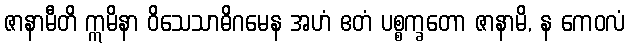
ဇာနာမီတိ ဣမိနာ ဝိသေသာဓိဂမေန အဟံ ဧတံ ပစ္စက္ခတော ဇာနာမိ, န ကေဝလံ